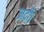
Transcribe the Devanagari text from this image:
जर्दी।